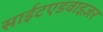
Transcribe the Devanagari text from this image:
साईटएडवाइज़र